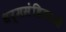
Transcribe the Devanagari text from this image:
धर्मसंहिताओं